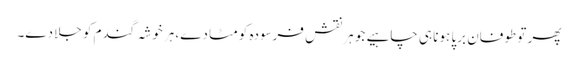
پھر تو طوفان برپا ہونا ہی چاہیے جو ہر نقش فرسودہ کو مٹا دے، ہرخوشہ گندم کو جلا دے۔